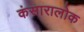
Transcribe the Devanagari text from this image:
कंसारालोक